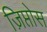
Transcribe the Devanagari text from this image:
ज़िप्तोस